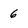
Character: 6